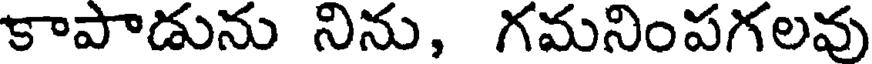
కాపాడును నిను, గమనింపగలవు